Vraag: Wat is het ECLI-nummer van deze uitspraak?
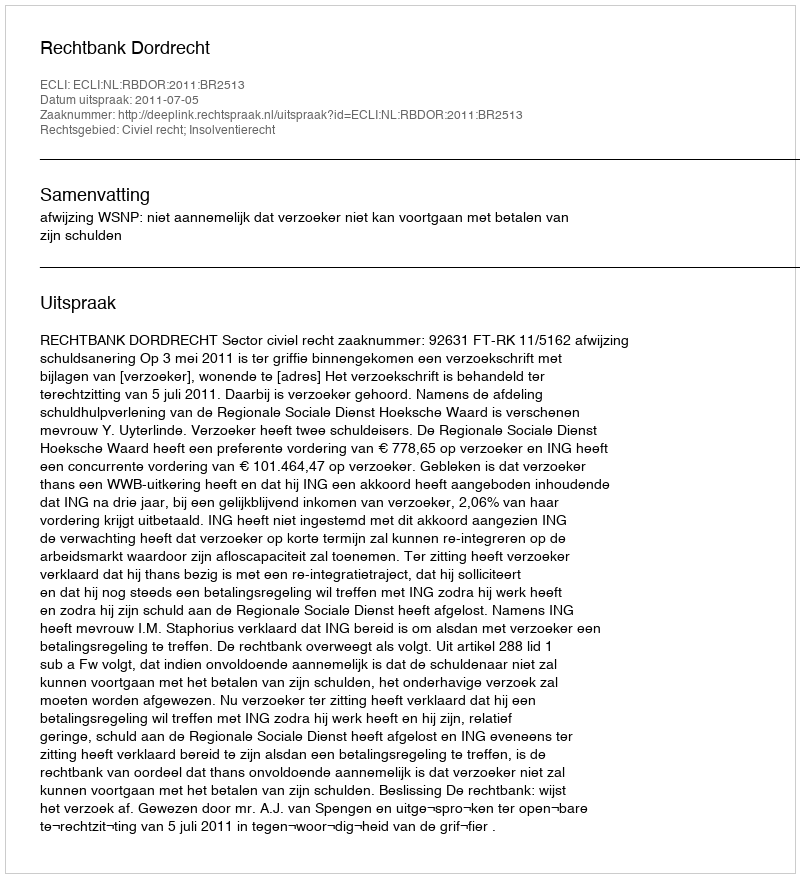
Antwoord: ECLI:NL:RBDOR:2011:BR2513